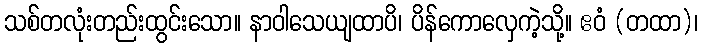
သစ်တလုံးတည်းထွင်းသော။ နာဝါသေယျထာပိ၊ ပိန်ကောလှေကဲ့သို့။ ဧဝံ (တထာ)၊